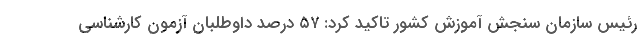
رئیس سازمان سنجش آموزش کشور تاکید کرد: ۵۷ درصد داوطلبان آزمون کارشناسی